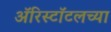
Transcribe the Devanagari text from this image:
ॲरिस्टॉटलच्या